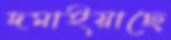
দমাইয়াছে